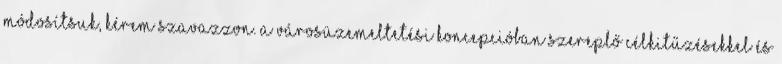
módosítsuk, kérem szavazzon. A városüzemeltetési koncepcióban szereplő célkitűzésekkel és